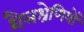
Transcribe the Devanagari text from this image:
शैलश्रेणियों